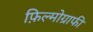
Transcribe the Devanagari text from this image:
फ़िल्मोग्राफी